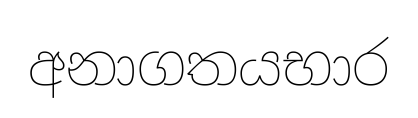
අනාගතයභාර